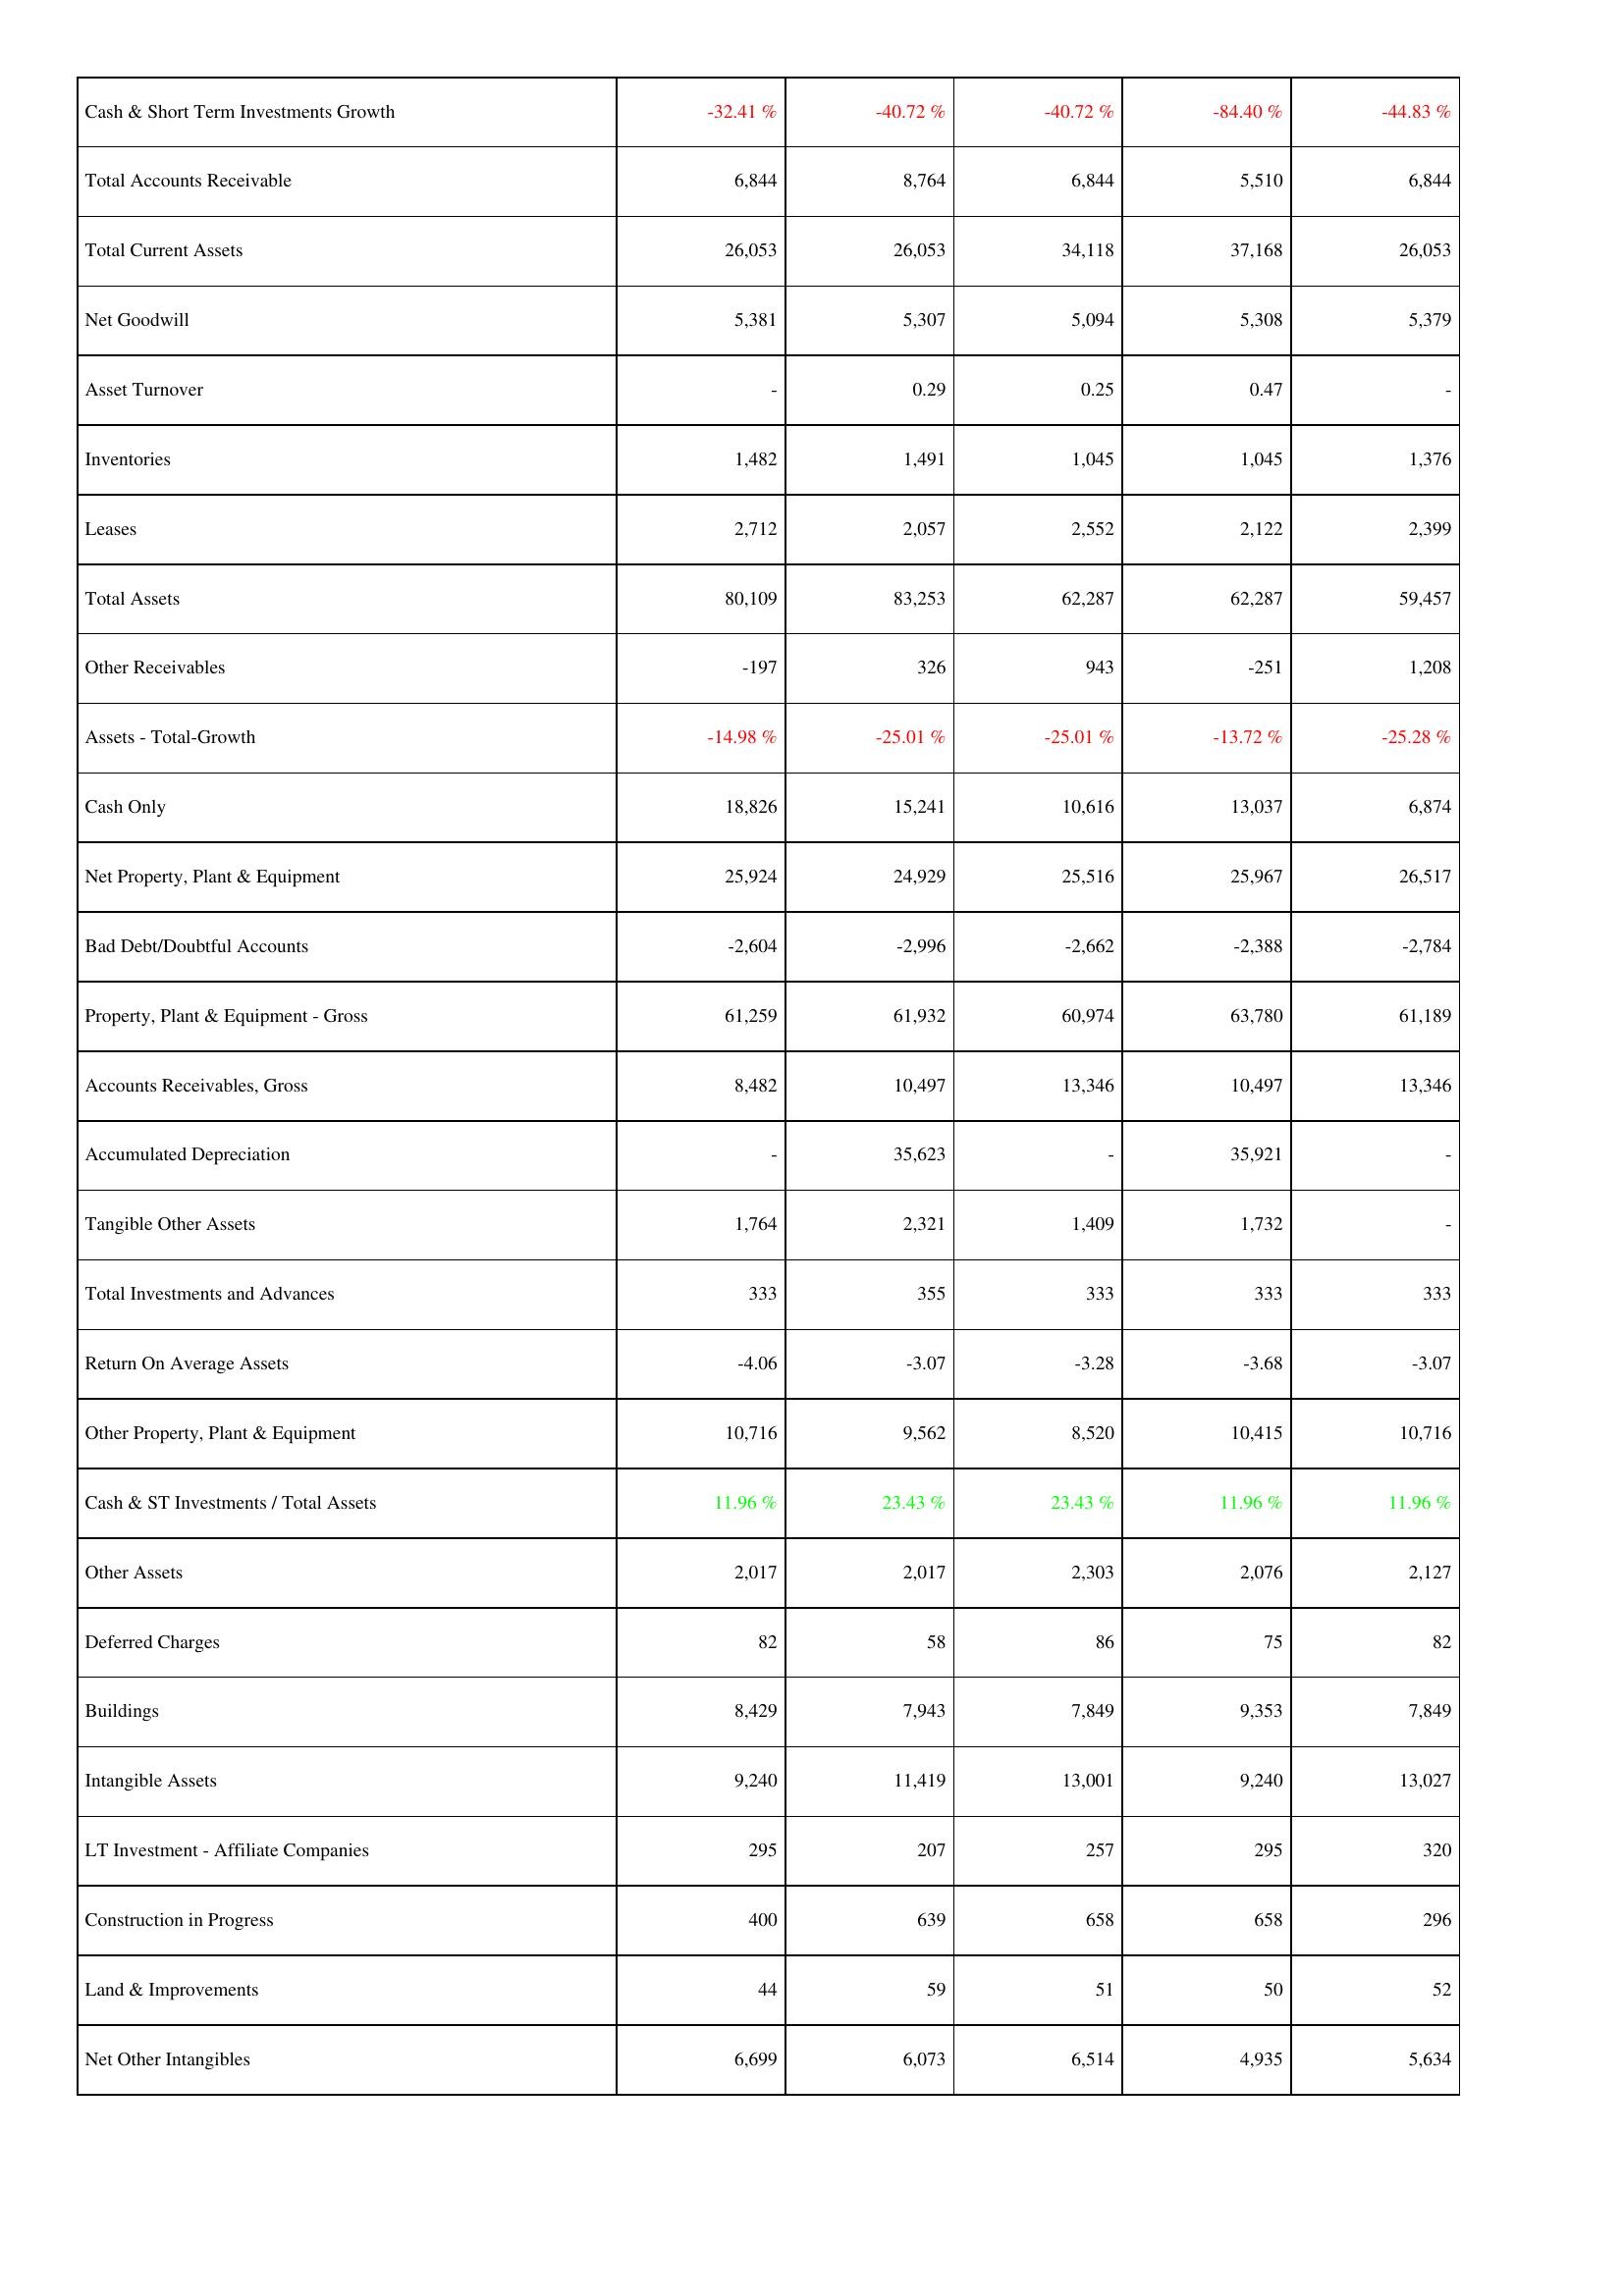
2024: Assets: Cash & Short Term Investments Growth: -32.41 %
Total Accounts Receivable: 6,844
Total Current Assets: 26,053
Net Goodwill: 5,381
Asset Turnover: -
Inventories: 1,482
Leases: 2,712
Total Assets: 80,109
Other Receivables: -197
Assets - Total-Growth: -14.98 %
Cash Only: 18,826
Net Property, Plant & Equipment: 25,924
Bad Debt/Doubtful Accounts: -2,604
Property, Plant & Equipment - Gross: 61,259
Accounts Receivables, Gross: 8,482
Accumulated Depreciation: -
Tangible Other Assets: 1,764
Total Investments and Advances: 333
Return On Average Assets: -4.06
Other Property, Plant & Equipment: 10,716
Cash & ST Investments / Total Assets: 11.96 %
Other Assets: 2,017
Deferred Charges: 82
Buildings: 8,429
Intangible Assets: 9,240
LT Investment - Affiliate Companies: 295
Construction in Progress: 400
Land & Improvements: 44
Net Other Intangibles: 6,699
2023: Assets: Cash & Short Term Investments Growth: -40.72 %
Total Accounts Receivable: 8,764
Total Current Assets: 26,053
Net Goodwill: 5,307
Asset Turnover: 0.29
Inventories: 1,491
Leases: 2,057
Total Assets: 83,253
Other Receivables: 326
Assets - Total-Growth: -25.01 %
Cash Only: 15,241
Net Property, Plant & Equipment: 24,929
Bad Debt/Doubtful Accounts: -2,996
Property, Plant & Equipment - Gross: 61,932
Accounts Receivables, Gross: 10,497
Accumulated Depreciation: 35,623
Tangible Other Assets: 2,321
Total Investments and Advances: 355
Return On Average Assets: -3.07
Other Property, Plant & Equipment: 9,562
Cash & ST Investments / Total Assets: 23.43 %
Other Assets: 2,017
Deferred Charges: 58
Buildings: 7,943
Intangible Assets: 11,419
LT Investment - Affiliate Companies: 207
Construction in Progress: 639
Land & Improvements: 59
Net Other Intangibles: 6,073
2022: Assets: Cash & Short Term Investments Growth: -40.72 %
Total Accounts Receivable: 6,844
Total Current Assets: 34,118
Net Goodwill: 5,094
Asset Turnover: 0.25
Inventories: 1,045
Leases: 2,552
Total Assets: 62,287
Other Receivables: 943
Assets - Total-Growth: -25.01 %
Cash Only: 10,616
Net Property, Plant & Equipment: 25,516
Bad Debt/Doubtful Accounts: -2,662
Property, Plant & Equipment - Gross: 60,974
Accounts Receivables, Gross: 13,346
Accumulated Depreciation: -
Tangible Other Assets: 1,409
Total Investments and Advances: 333
Return On Average Assets: -3.28
Other Property, Plant & Equipment: 8,520
Cash & ST Investments / Total Assets: 23.43 %
Other Assets: 2,303
Deferred Charges: 86
Buildings: 7,849
Intangible Assets: 13,001
LT Investment - Affiliate Companies: 257
Construction in Progress: 658
Land & Improvements: 51
Net Other Intangibles: 6,514
2021: Assets: Cash & Short Term Investments Growth: -84.40 %
Total Accounts Receivable: 5,510
Total Current Assets: 37,168
Net Goodwill: 5,308
Asset Turnover: 0.47
Inventories: 1,045
Leases: 2,122
Total Assets: 62,287
Other Receivables: -251
Assets - Total-Growth: -13.72 %
Cash Only: 13,037
Net Property, Plant & Equipment: 25,967
Bad Debt/Doubtful Accounts: -2,388
Property, Plant & Equipment - Gross: 63,780
Accounts Receivables, Gross: 10,497
Accumulated Depreciation: 35,921
Tangible Other Assets: 1,732
Total Investments and Advances: 333
Return On Average Assets: -3.68
Other Property, Plant & Equipment: 10,415
Cash & ST Investments / Total Assets: 11.96 %
Other Assets: 2,076
Deferred Charges: 75
Buildings: 9,353
Intangible Assets: 9,240
LT Investment - Affiliate Companies: 295
Construction in Progress: 658
Land & Improvements: 50
Net Other Intangibles: 4,935
2020: Assets: Cash & Short Term Investments Growth: -44.83 %
Total Accounts Receivable: 6,844
Total Current Assets: 26,053
Net Goodwill: 5,379
Asset Turnover: -
Inventories: 1,376
Leases: 2,399
Total Assets: 59,457
Other Receivables: 1,208
Assets - Total-Growth: -25.28 %
Cash Only: 6,874
Net Property, Plant & Equipment: 26,517
Bad Debt/Doubtful Accounts: -2,784
Property, Plant & Equipment - Gross: 61,189
Accounts Receivables, Gross: 13,346
Accumulated Depreciation: -
Tangible Other Assets: -
Total Investments and Advances: 333
Return On Average Assets: -3.07
Other Property, Plant & Equipment: 10,716
Cash & ST Investments / Total Assets: 11.96 %
Other Assets: 2,127
Deferred Charges: 82
Buildings: 7,849
Intangible Assets: 13,027
LT Investment - Affiliate Companies: 320
Construction in Progress: 296
Land & Improvements: 52
Net Other Intangibles: 5,634